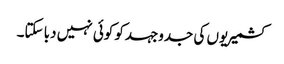
کشمیریوں کی جدوجہدکو کوئی نہیں دبا سکتا۔